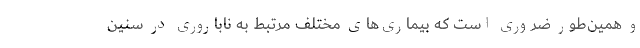
و همین‌طور ضروری است که بیماری‌های مختلفِ مرتبط به ناباروری در سنین